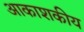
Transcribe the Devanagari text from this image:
आकाशकीय